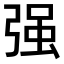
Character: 强